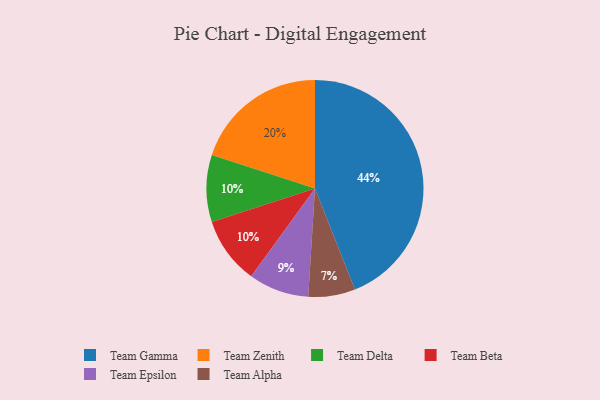
{"axis": {"x": "Category", "y": "Percentage"}, "legend": ["Team Alpha", "Team Beta", "Team Delta", "Team Epsilon", "Team Gamma", "Team Zenith"], "data": [{"x": "Team Gamma", "y": 44, "type": "Team Gamma"}, {"x": "Team Delta", "y": 10, "type": "Team Delta"}, {"x": "Team Alpha", "y": 7, "type": "Team Alpha"}, {"x": "Team Epsilon", "y": 9, "type": "Team Epsilon"}, {"x": "Team Beta", "y": 10, "type": "Team Beta"}, {"x": "Team Zenith", "y": 20, "type": "Team Zenith"}]}